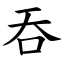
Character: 吞